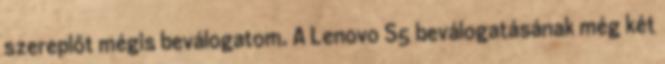
szereplőt mégis beválogatom. A Lenovo S5 beválogatásának még két